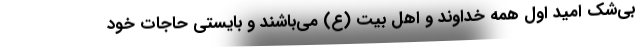
بی‌شک امید اول همه خداوند و اهل بیت (ع) می‌باشند و بایستی حاجات خود